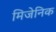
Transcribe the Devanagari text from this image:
मिजेनिक